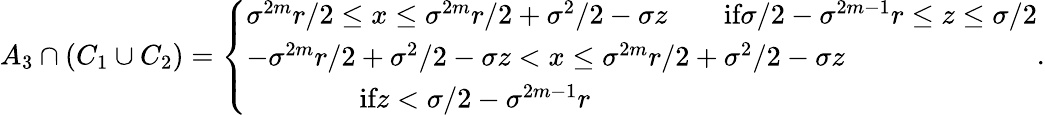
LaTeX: \begin{array}{r}{A_{3}\cap(C_{1}\cup C_{2})=\left\{ \begin{array}{ll}{\sigma^{2m}r/2\leq x\leq\sigma^{2m}r/2+\sigma^{2}/2-\sigma z\qquad\textrm{if}\sigma/2-\sigma^{2m-1}r\leq z\leq\sigma/2}\\ {-\sigma^{2m}r/2+\sigma^{2}/2-\sigma z<x\leq\sigma^{2m}r/2+\sigma^{2}/2-\sigma z}\\ {\qquad\qquad\textrm{if}z<\sigma/2-\sigma^{2m-1}r}\end{array}\right..}\end{array}